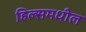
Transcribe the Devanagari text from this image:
हिल्समधील